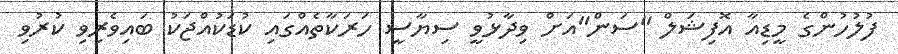
ފުލުހުންގެ މީޑިއާ އޮފިޝަލް "ސަން"އަށް ވިދާޅުވީ ސިޔާސީ ހަރަކާތެއްގައި ކުޑަކުއްޖަކު ބައިވެރިވި ކުރުވި